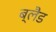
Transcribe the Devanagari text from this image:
ब्लैड